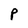
Character: P